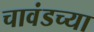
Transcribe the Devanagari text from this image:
चावंडच्या